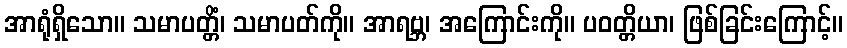
အာရုံရှိသော။ သမာပတ္တိံ၊ သမာပတ်ကို။ အာရဗ္ဘ၊ အကြောင်းကို။ ပဝတ္တိယာ၊ ဖြစ်ခြင်းကြောင့်။